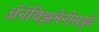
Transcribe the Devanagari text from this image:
अॅनॅक्झिमेनीसपुढे